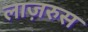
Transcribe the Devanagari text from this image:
लाज़रुस